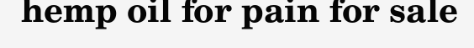
hemp oil for pain for sale